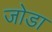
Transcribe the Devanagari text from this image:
जाेडा